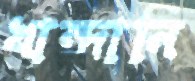
খান্দানি